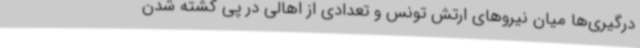
درگیری‌ها میان نیروهای ارتش تونس و تعدادی از اهالی در پی کشته شدن